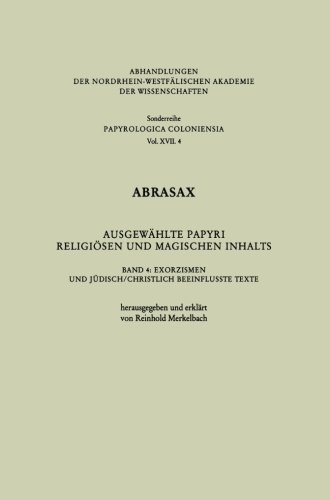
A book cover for Abrasax AusgewÃ¤hlte Papyri ReligiÃ¶sen und Magischen Inhalts: Band 4: Exorzismen und JÃ¼disch/Christlich Beeinflusste Texte (Abhandlungen der ... Akademie der Wissenschaften) (German Edition); Reinhold Merkelbach; Religion & Spirituality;